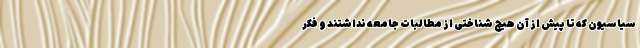
سیاسیون که تا پیش از آن هیچ شناختی از مطالبات جامعه نداشتند و فکر